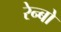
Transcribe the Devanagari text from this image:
रेन्‍बो